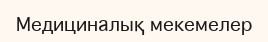
Медициналық мекемелер